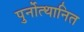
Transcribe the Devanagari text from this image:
पुर्नोत्थानित